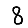
Digit: 8